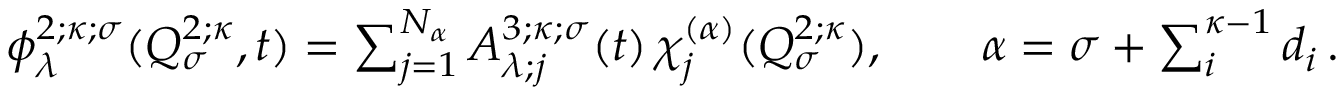
\begin{array} { r } { \phi _ { \lambda } ^ { 2 ; \kappa ; \sigma } ( Q _ { \sigma } ^ { 2 ; \kappa } , t ) = \sum _ { j = 1 } ^ { N _ { \alpha } } A _ { \lambda ; j } ^ { 3 ; \kappa ; \sigma } ( t ) \, \chi _ { j } ^ { ( \alpha ) } ( Q _ { \sigma } ^ { 2 ; \kappa } ) , \quad \quad \alpha = \sigma + \sum _ { i } ^ { \kappa - 1 } d _ { i } \, . } \end{array}